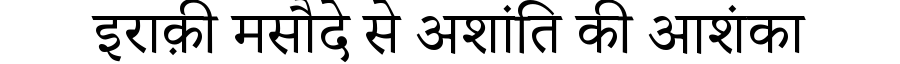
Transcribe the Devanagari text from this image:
इराक़ी मसौदे से अशांति की आशंका